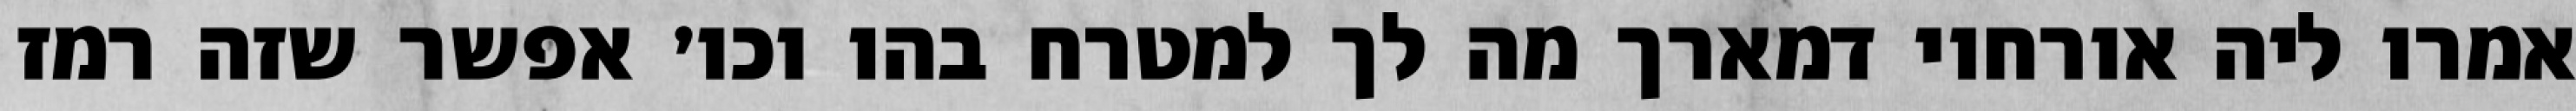
אמרו ליה אורחוי דמארך מה לך למטרח בהו וכו׳ אפשר שזה רמז